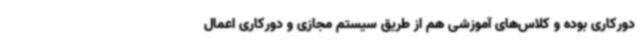
دورکاری بوده و کلاس‌های آموزشی هم از طریق سیستم‌ مجازی و دورکاری اعمال